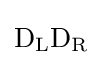
\mathrm {D} _{\rm {L}}\mathrm {D} _{\rm {R}}